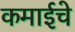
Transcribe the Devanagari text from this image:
कमाईचे